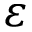
\varepsilon